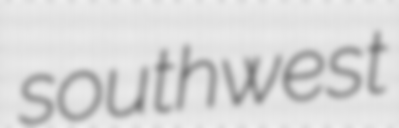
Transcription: southwest